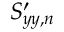
\boldsymbol { S _ { y y , n } ^ { \prime } }